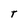
Character: t